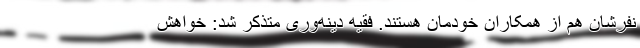
نفرشان هم از همکاران خودمان هستند. فقیه دینه‌وری متذکر شد: خواهش